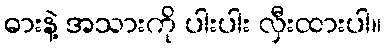
ဓားနဲ့ အသားကို ပါးပါး လှီးထားပါ။